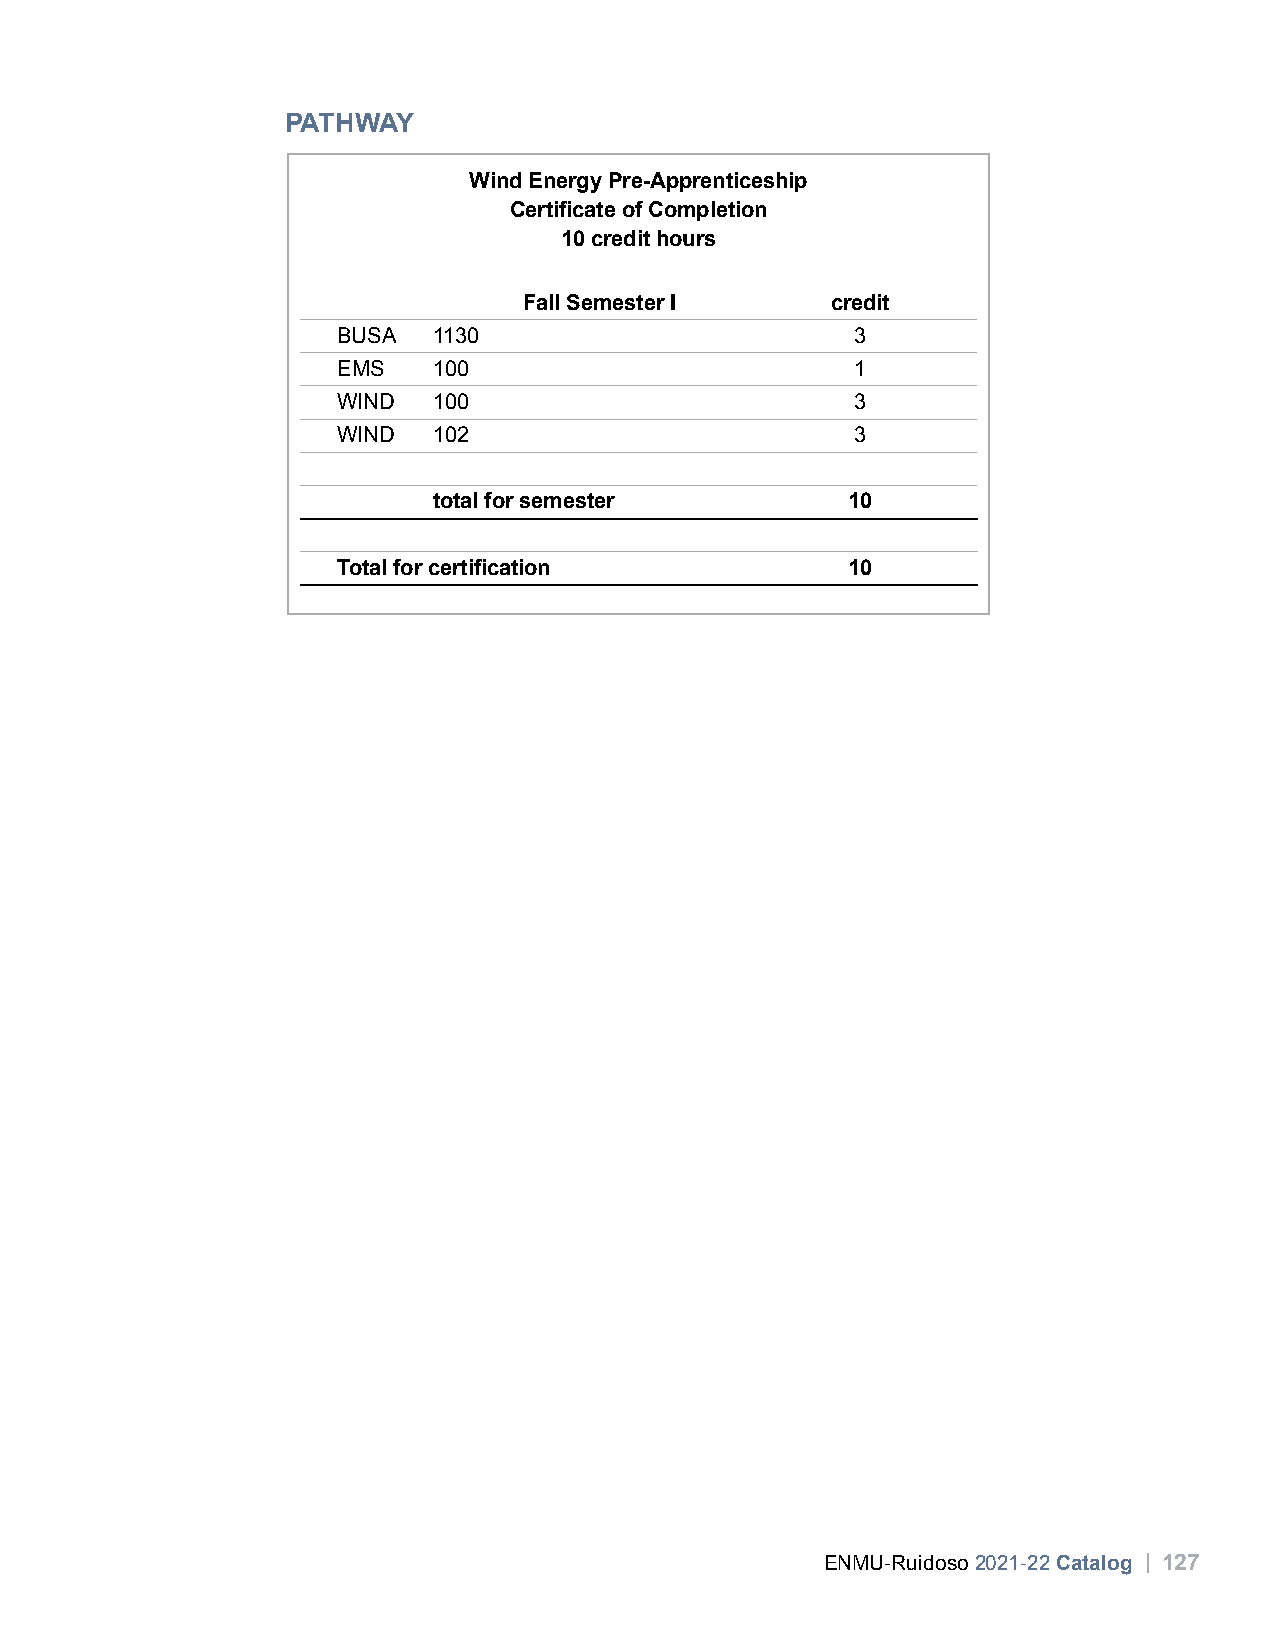
PATHWAY
 Wind Energy Pre-Apprenticeship
 Certificate of Completion
 10 credit hours
 Fall Semester I     credit
 BUSA   1130                        3
 EMS    100                         1
 WIND   100                         3
 WIND   102                         3
 total for semester         10
 Total for certification           10
 ENMU-Ruidoso 2021-22 Catalog | 127